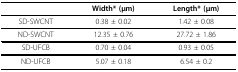
<table><thead><tr><td></td><td><b>Width* (μm)</b></td><td><b>Length* (μm)</b></td></tr></thead><tbody><tr><td>SD-SWCNT</td><td>0.38 ± 0.02</td><td>1.42 ± 0.08</td></tr><tr><td>ND-SWCNT</td><td>12.35 ± 0.76</td><td>27.72 ± 1.86</td></tr><tr><td>SD-UFCB</td><td>0.70 ± 0.04</td><td>0.93 ± 0.05</td></tr><tr><td>ND-UFCB</td><td>5.07 ± 0.18</td><td>6.54 ± 0.2</td></tr></tbody></table>